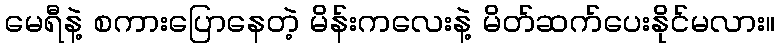
မေရီနဲ့ စကားပြောနေတဲ့ မိန်းကလေးနဲ့ မိတ်ဆက်ပေးနိုင်မလား။